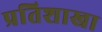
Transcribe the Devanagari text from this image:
प्रतिशाखा